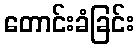
တောင်းခံခြင်း